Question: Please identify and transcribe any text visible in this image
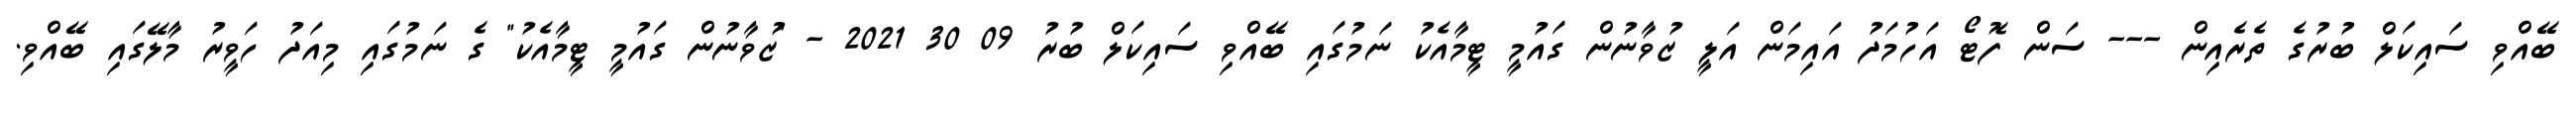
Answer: ބޭއްވި ސައިކަލް ބުރުގެ ތެރެއިން --- ސަން ފޮޓޯ އަހުމަދު އައިމަން އަލީ ޒުވާނުން ގައުމީ ޓީމާއެކު ނަމުގައި ބޭއްވި ސައިކަލް ބުރު 09 30 2021 - "ޒުވާނުން ގައުމީ ޓީމާއެކު" ގެ ނަމުގައި މިއަދު ހަވީރު މާލޭގައި ބޭއްވި.